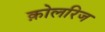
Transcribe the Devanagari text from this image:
क़ोलरिज